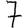
Digit: 7